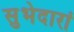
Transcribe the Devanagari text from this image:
सुभेदारां